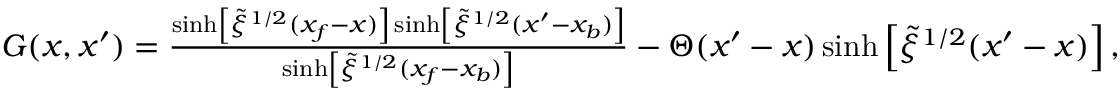
\begin{array} { r } { G ( x , x ^ { \prime } ) = \frac { \sinh \left[ \tilde { \xi } ^ { 1 / 2 } ( x _ { f } - x ) \right] \sinh \left[ \tilde { \xi } ^ { 1 / 2 } ( x ^ { \prime } - x _ { b } ) \right] } { \sinh \left[ \tilde { \xi } ^ { 1 / 2 } ( x _ { f } - x _ { b } ) \right] } - \Theta ( x ^ { \prime } - x ) \sinh \left[ \tilde { \xi } ^ { 1 / 2 } ( x ^ { \prime } - x ) \right] , } \end{array}